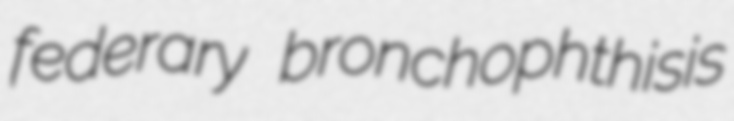
federary bronchophthisis